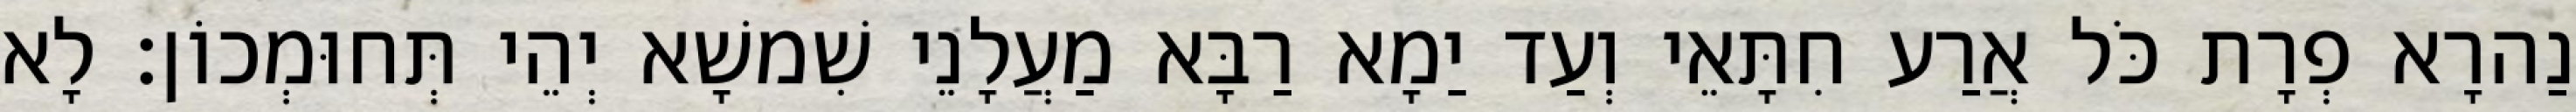
נַהרָא פְרָת כֹּל אֲרַע חִתָּאֵי וְעַד יַמָא רַבָּא מַעֲלָנֵי שִׁמשָׁא יְהֵי תְּחוּמְכוֹן׃ לָא